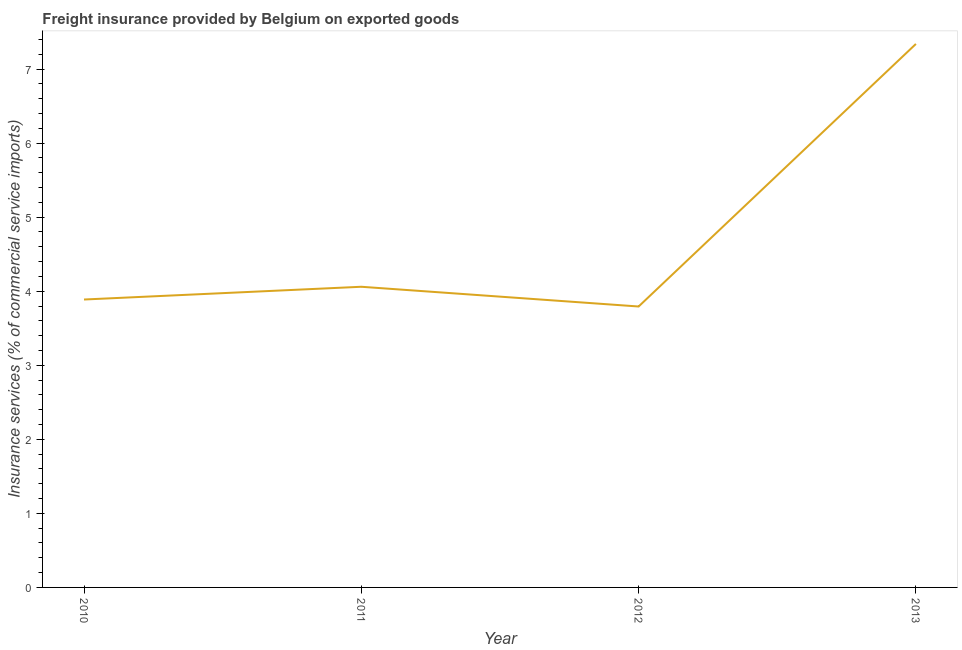
| Year | Insurance and financial services |
 | --- | --- |
 | 2010 | 3.89 |
 | 2011 | 4.06 |
 | 2012 | 3.79 |
 | 2013 | 7.34 |